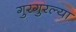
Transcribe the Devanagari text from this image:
गुरगुरल्या